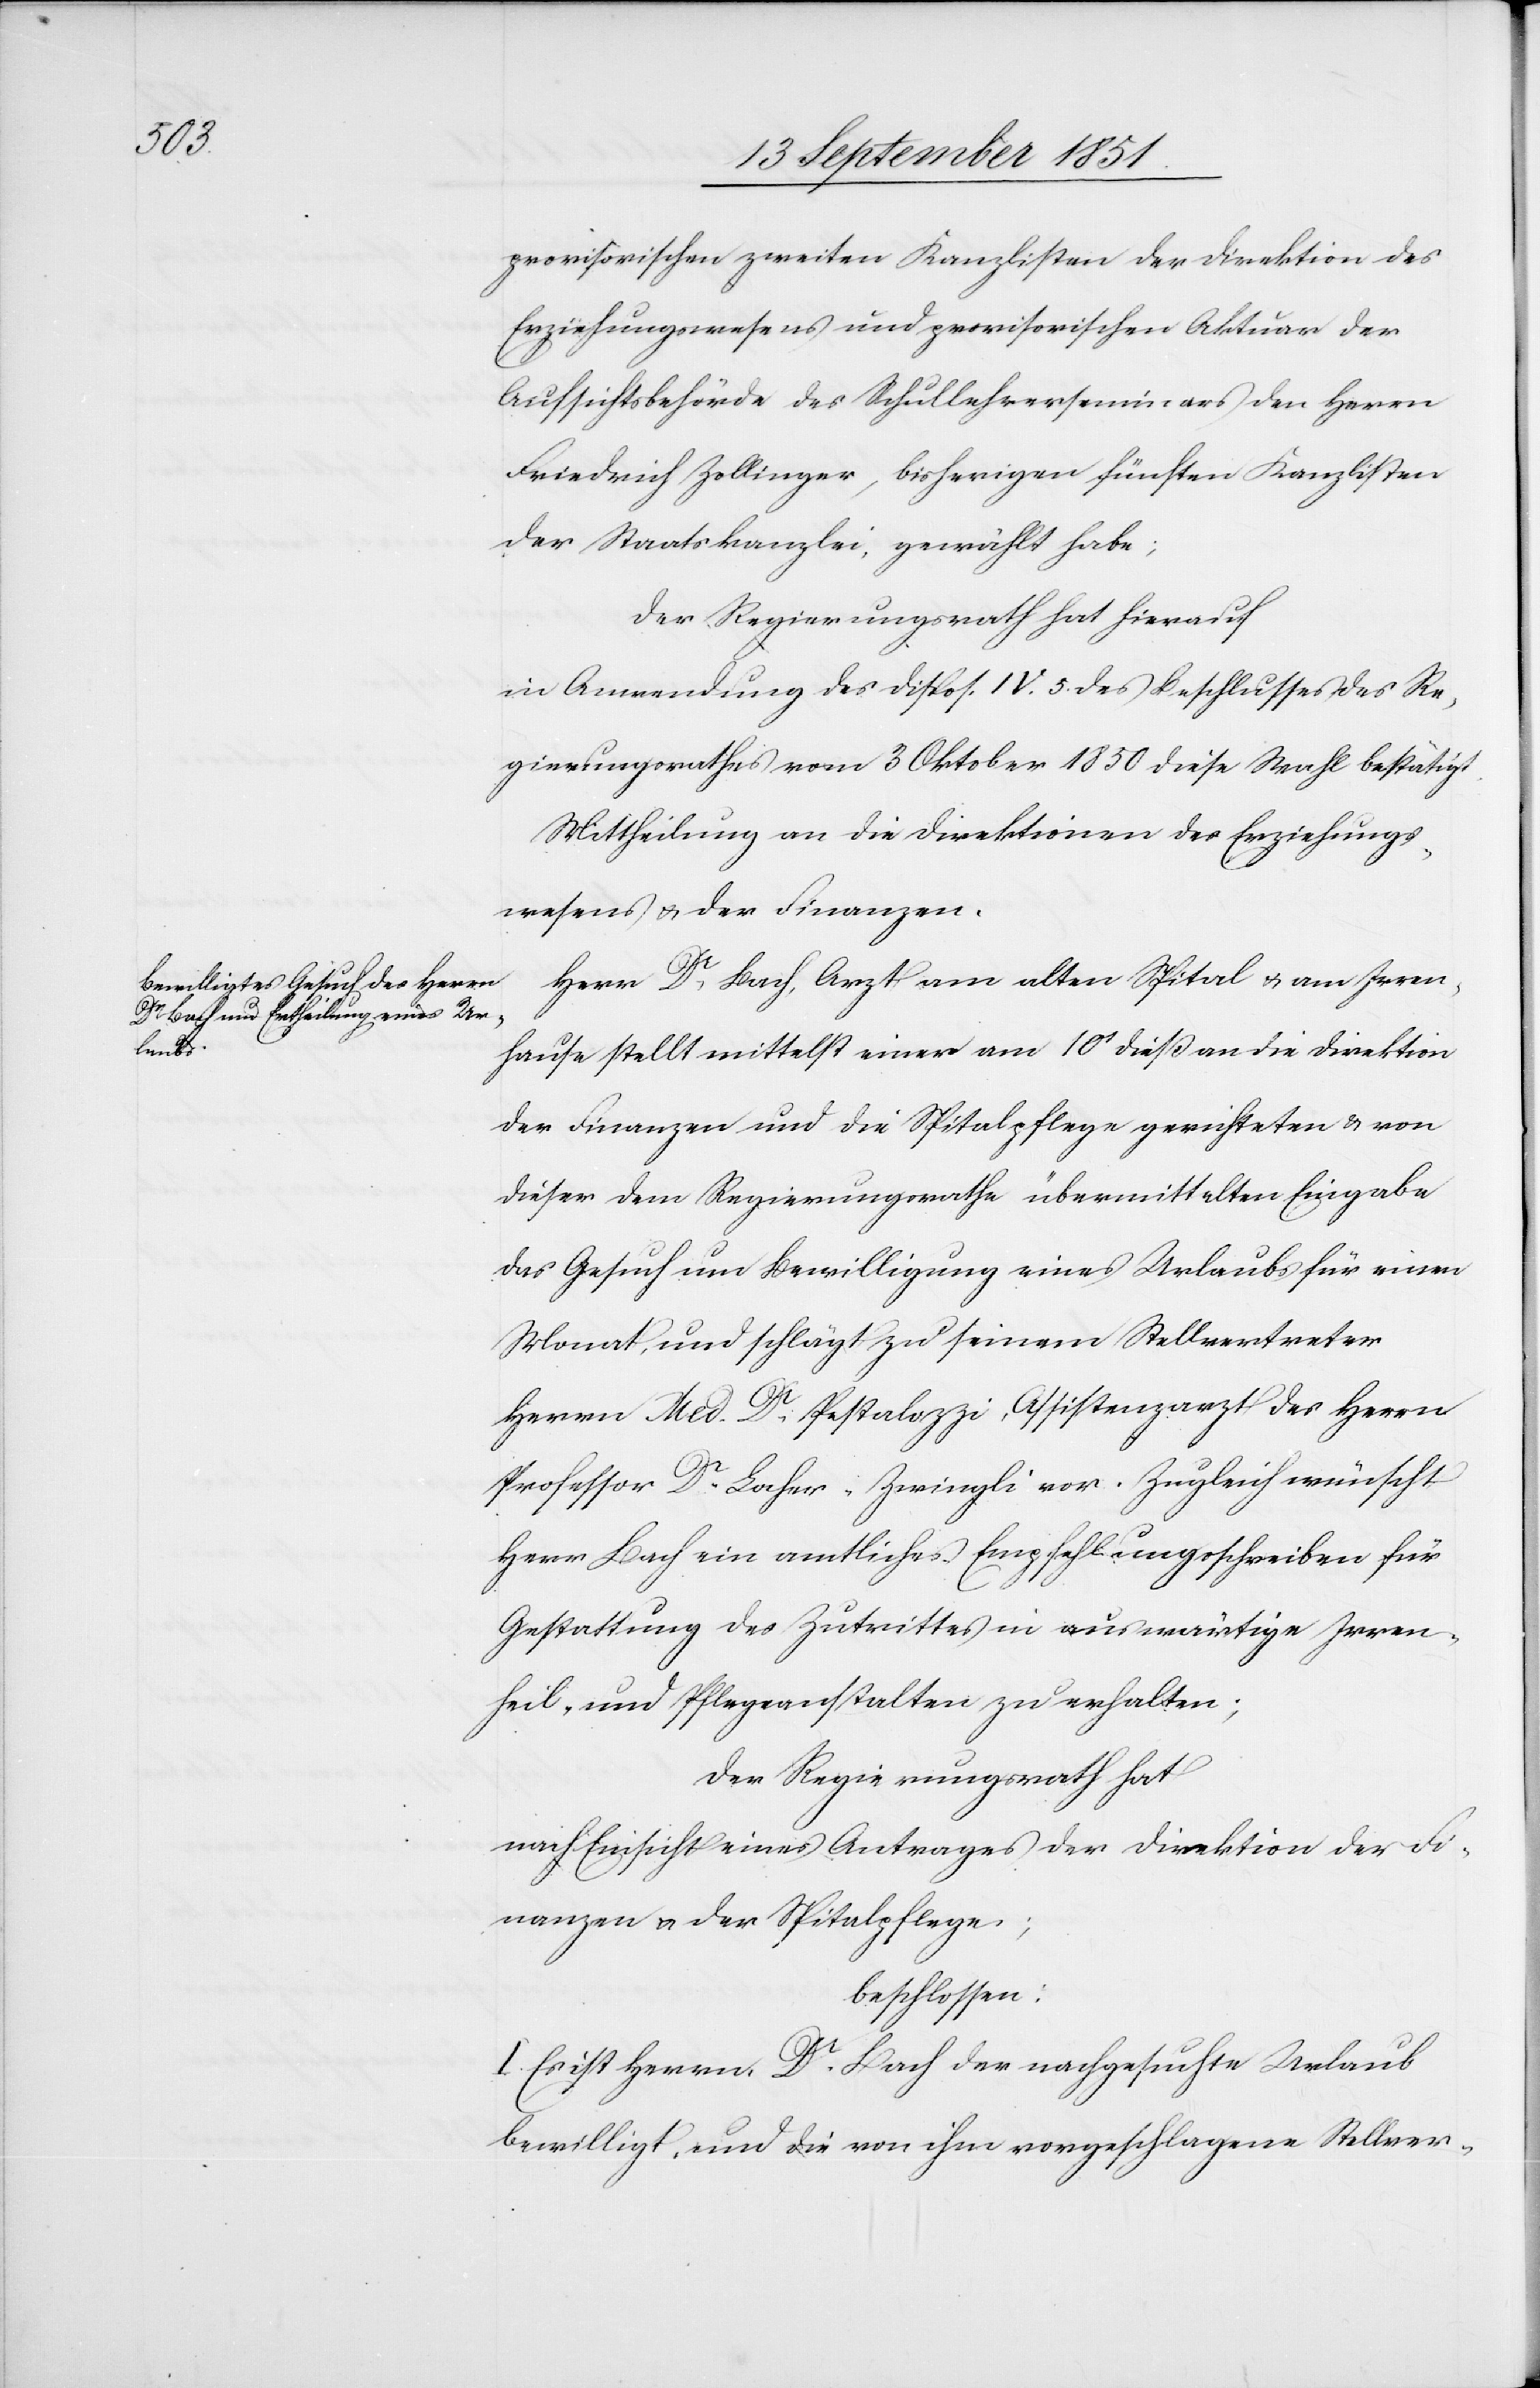
provisorischen zweiten Kanzlisten der Direktion des
Erziehungswesens und provisorischen Aktuar der
Aufsichtsbehörde des Schullehrerseminars den Herrn
Friedrich Zollinger, bisherigen fünften Kanzlisten
der Staatskanzlei, gewählt habe;
Der Regierungsrath hat hierauf
in Anwendung des Dispos. IV. 5. des Beschlusses des Re¬
gierungsrathes vom 3 Oktober 1850 diese Wahl bestätigt.
Mittheilung an die Direktionen des Erziehungs¬
wesens & der Finanzen.
Herr Dr. Bach, Arzt am alten Spital & am Irren¬
hause stellt mittelst einer am 10t dieß an die Direktion
der Finanzen und die Spitalpflege gerichteten & von
dieser dem Regierungsrathe übermittelten Eingabe
das Gesuch um Bewilligung eines Urlaubs für einen
Monat, und schlägt zu seinem Stellvertreter
Herrn Med. Dr. Pestalozzi, Assistenzarzt des Herrn
Professor Dr. Locher-Zwingli vor. Zugleich wünscht
Herr Bach ein amtliches Empfehlungsschreiben für
Gestattung des Zutrittes in auswärtige Irren-[,]
Heil- und Pflegeanstalten zu erhalten;
Der Regierungsrath hat
nach Einsicht eines Antrages der Direktion der Fi¬
nanzen & der Spitalpflege;
beschlossen:
I. Es ist Herrn Dr. Bach der nachgesuchte Urlaub
bewilligt, und die von ihm vorgeschlagene Stellver-